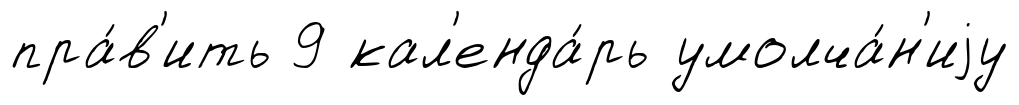
пра́в'ить 9 кал'енда́рь умолча́н'иjу